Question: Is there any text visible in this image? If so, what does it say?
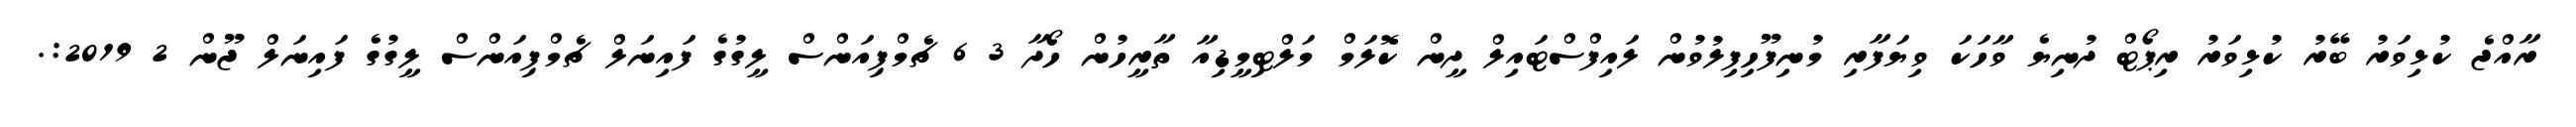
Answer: ރާއްޖެ ކުޅިވަރު ބޭރު ކުޅިވަރު ރިޕޯޓް ދުނިޔެ ވާހަކަ ވިޔަފާރި މުނިފޫހިފިލުވުން ލައިފްސްޓައިލް ދީން ކޮލަމް މަލްޓިމީޑިއާ ތާރީހުން ހޯދާ 3 6 ޗެމްޕިއަންސް ލީގުގެ ފައިނަލް ޗެމްޕިއަންސް ލީގުގެ ފައިނަލް ޖޫން 2 2019:.